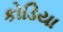
કોડિયા